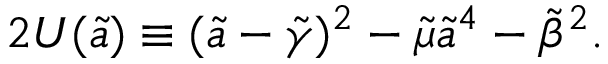
2 U ( \tilde { a } ) \equiv ( \tilde { a } - { \tilde { \gamma } } ) ^ { 2 } - \tilde { \mu } { \tilde { a } } ^ { 4 } - { \tilde { \beta } } ^ { 2 } .